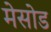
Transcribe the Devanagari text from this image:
मेसोड